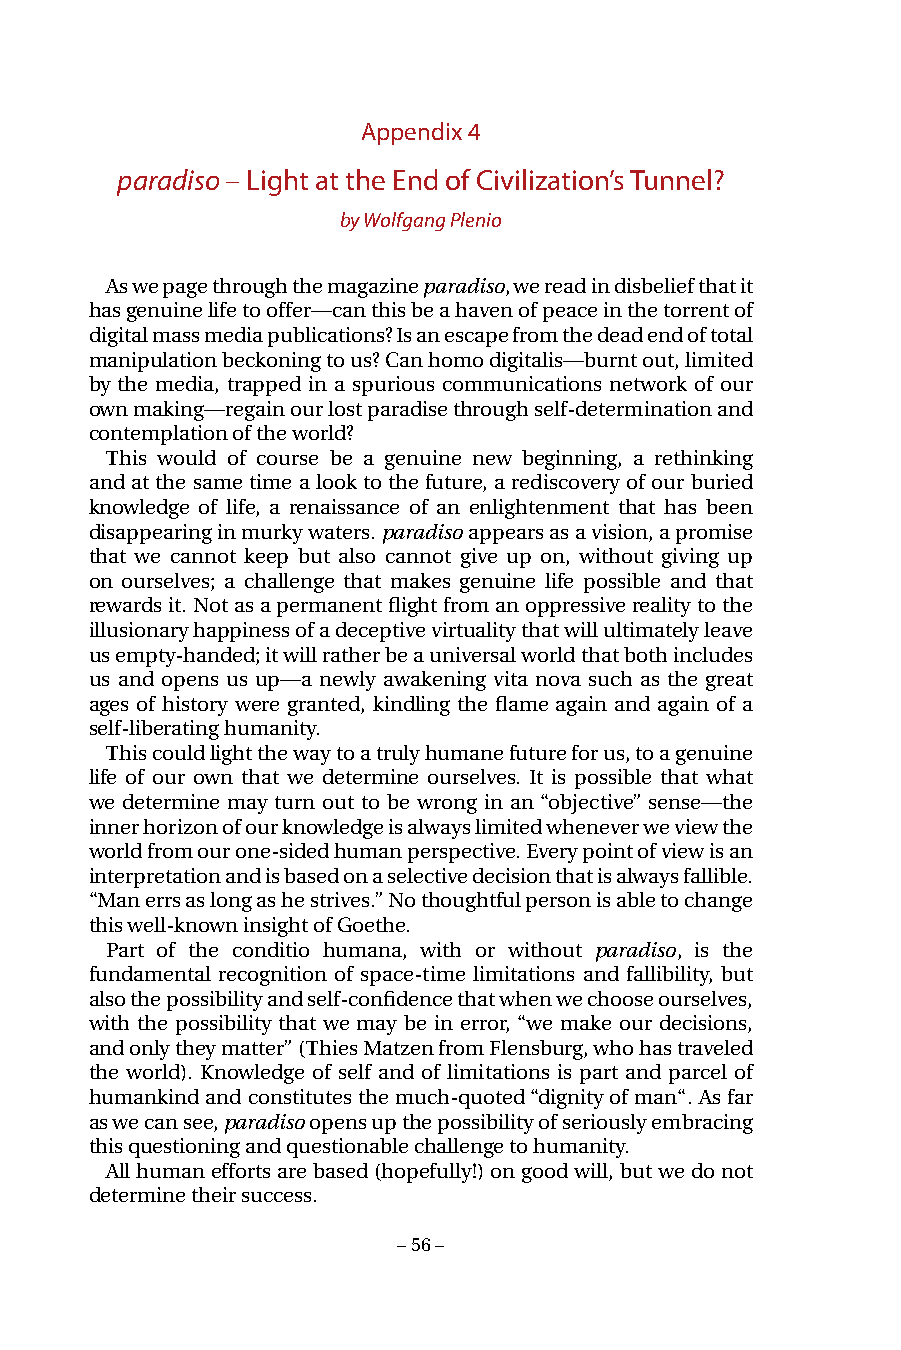
Appendix 4
 paradiso – Light at the End of Civilization’s Tunnel?
 by Wolfgang Plenio
 As we page through the magazine paradiso, we read in disbelief that it
 has genuine life to offer—can this be a haven of peace in the torrent of
 digital mass media publications? Is an escape from the dead end of total
 manipulation beckoning to us? Can homo digitalis—burnt out, limited
 by the media, trapped in a spurious communications network of our
 own making—regain our lost paradise through self-determination and
 contemplation of the world?
 This would of course be a genuine new beginning, a rethinking
 and at the same time a look to the future, a rediscovery of our buried
 knowledge of life, a renaissance of an enlightenment that has been
 disappearing in murky waters. paradiso appears as a vision, a promise
 that we cannot keep but also cannot give up on, without giving up
 on ourselves; a challenge that makes genuine life possible and that
 rewards it. Not as a permanent flight from an oppressive reality to the
 illusionary happiness of a deceptive virtuality that will ultimately leave
 us empty-handed; it will rather be a universal world that both includes
 us and opens us up—a newly awakening vita nova such as the great
 ages of history were granted, kindling the flame again and again of a
 self-liberating humanity.
 This could light the way to a truly humane future for us, to a genuine
 life of our own that we determine ourselves. It is possible that what
 we determine may turn out to be wrong in an “objective” sense—the
 inner horizon of our knowledge is always limited whenever we view the
 world from our one-sided human perspective. Every point of view is an
 interpretation and is based on a selective decision that is always fallible.
 “Man errs as long as he strives.” No thoughtful person is able to change
 this well-known insight of Goethe.
 Part of the conditio humana, with or without paradiso, is the
 fundamental recognition of space-time limitations and fallibility, but
 also the possibility and self-confidence that when we choose ourselves,
 with the possibility that we may be in error, “we make our decisions,
 and only they matter” (Thies Matzen from Flensburg, who has traveled
 the world). Knowledge of self and of limitations is part and parcel of
 humankind and constitutes the much-quoted “dignity of man“. As far
 as we can see, paradiso opens up the possibility of seriously embracing
 this questioning and questionable challenge to humanity.
 All human efforts are based (hopefully!) on good will, but we do not
 determine their success.
 – 56 –